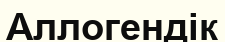
Аллогендік